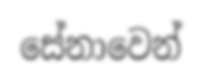
සේනාවෙන්